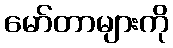
မော်တာများကို